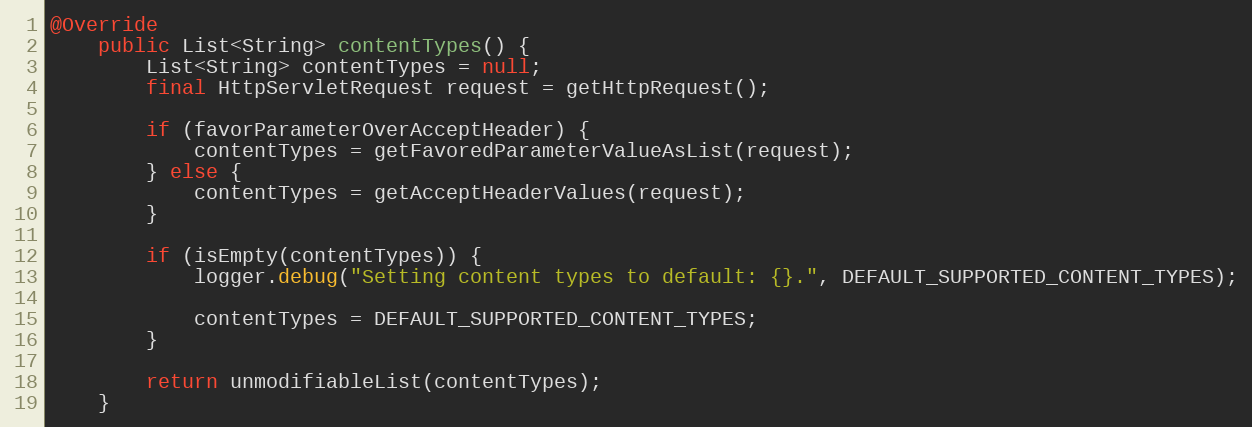
Language: Java
@Override
	public List<String> contentTypes() {
		List<String> contentTypes = null;
		final HttpServletRequest request = getHttpRequest();

		if (favorParameterOverAcceptHeader) {
			contentTypes = getFavoredParameterValueAsList(request);
		} else {
			contentTypes = getAcceptHeaderValues(request);
		}

		if (isEmpty(contentTypes)) {
			logger.debug("Setting content types to default: {}.", DEFAULT_SUPPORTED_CONTENT_TYPES);

			contentTypes = DEFAULT_SUPPORTED_CONTENT_TYPES;
		}

		return unmodifiableList(contentTypes);
	}